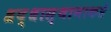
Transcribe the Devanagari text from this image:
श्रद्धास्थानाकडे